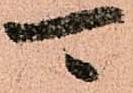
可